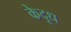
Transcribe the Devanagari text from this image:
केदूध